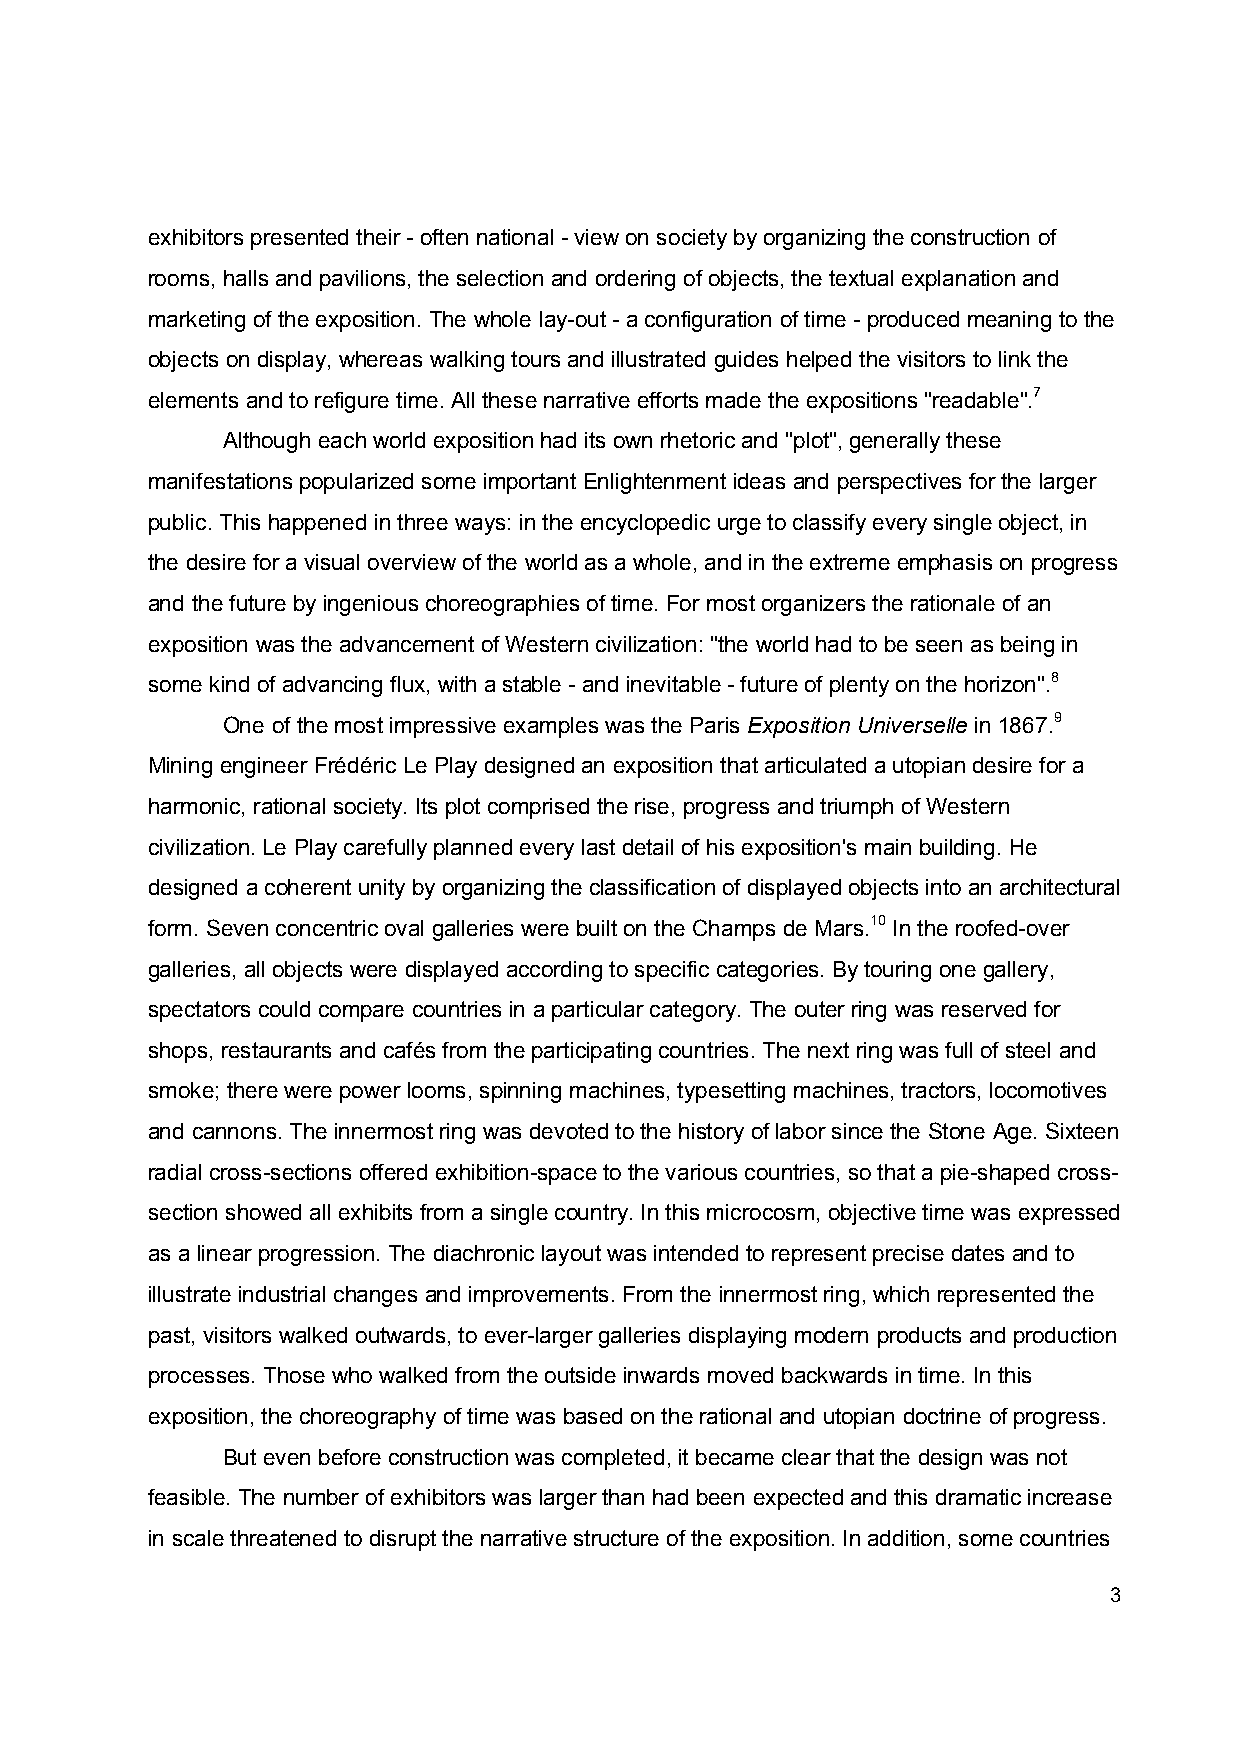
exhibitors presented their - often national - view on society by organizing the construction of
 rooms, halls and pavilions, the selection and ordering of objects, the textual explanation and
 marketing of the exposition. The whole lay-out - a configuration of time - produced meaning to the
 objects on display, whereas walking tours and illustrated guides helped the visitors to link the
 elements and to refigure time. All these narrative efforts made the expositions "readable".7
 Although each world exposition had its own rhetoric and "plot", generally these
 manifestations popularized some important Enlightenment ideas and perspectives for the larger
 public. This happened in three ways: in the encyclopedic urge to classify every single object, in
 the desire for a visual overview of the world as a whole, and in the extreme emphasis on progress
 and the future by ingenious choreographies of time. For most organizers the rationale of an
 exposition was the advancement of Western civilization: "the world had to be seen as being in
 some kind of advancing flux, with a stable - and inevitable - future of plenty on the horizon".8
 One of the most impressive examples was the Paris Exposition Universelle in 1867.9
 Mining engineer Frédéric Le Play designed an exposition that articulated a utopian desire for a
 harmonic, rational society. Its plot comprised the rise, progress and triumph of Western
 civilization. Le Play carefully planned every last detail of his exposition's main building. He
 designed a coherent unity by organizing the classification of displayed objects into an architectural
 form. Seven concentric oval galleries were built on the Champs de Mars.10 In the roofed-over
 galleries, all objects were displayed according to specific categories. By touring one gallery,
 spectators could compare countries in a particular category. The outer ring was reserved for
 shops, restaurants and cafés from the participating countries. The next ring was full of steel and
 smoke; there were power looms, spinning machines, typesetting machines, tractors, locomotives
 and cannons. The innermost ring was devoted to the history of labor since the Stone Age. Sixteen
 radial cross-sections offered exhibition-space to the various countries, so that a pie-shaped cross-
 section showed all exhibits from a single country. In this microcosm, objective time was expressed
 as a linear progression. The diachronic layout was intended to represent precise dates and to
 illustrate industrial changes and improvements. From the innermost ring, which represented the
 past, visitors walked outwards, to ever-larger galleries displaying modern products and production
 processes. Those who walked from the outside inwards moved backwards in time. In this
 exposition, the choreography of time was based on the rational and utopian doctrine of progress.
 But even before construction was completed, it became clear that the design was not
 feasible. The number of exhibitors was larger than had been expected and this dramatic increase
 in scale threatened to disrupt the narrative structure of the exposition. In addition, some countries
 3